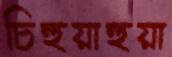
চিহুয়াহুয়া